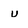
Character: u